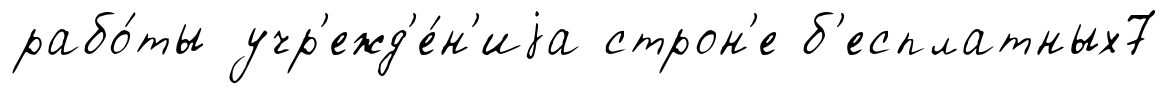
рабо́ты учр'ежд'е́н'иjа строн'е б'есплатных7